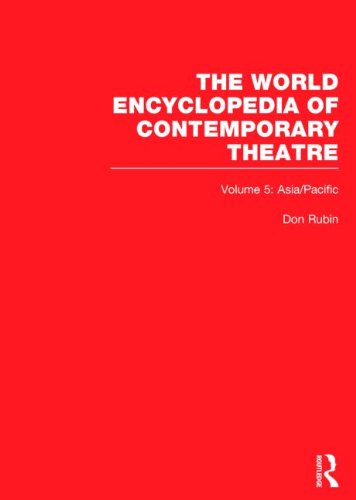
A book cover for World Encyclopedia of Contemporary Theatre, Vol. 5: Asia / Pacific; Don Rubin; Humor & Entertainment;